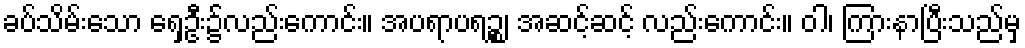
ခပ်သိမ်းသော ရှေ့ဦး၌လည်းကောင်း။ အပရာပရဉ္စ၊ အဆင့်ဆင့် လည်းကောင်း။ ဝါ၊ ကြားနာပြီးသည်မှ